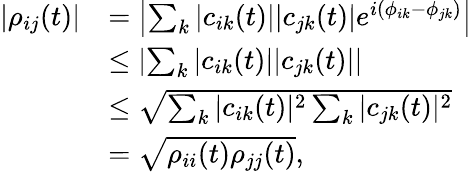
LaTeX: \begin{array}{rl}{\left|\rho_{ij}(t)\right|}&{=\left|\sum_{k}|c_{ik}(t)||c_{jk}(t)|e^{i(\phi_{ik}-\phi_{jk})}\right|}\\ &{\leq\left|\sum_{k}|c_{ik}(t)||c_{jk}(t)|\right|}\\ &{\leq\sqrt{\sum_{k}|c_{ik}(t)|^{2}\sum_{k}|c_{jk}(t)|^{2}}}\\ &{=\sqrt{\rho_{ii}(t)\rho_{jj}(t)},}\end{array}